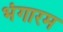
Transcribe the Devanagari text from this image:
भंगारम